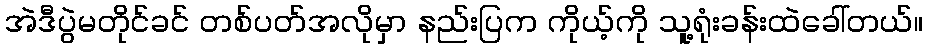
အဲဒီပွဲမတိုင်ခင် တစ်ပတ်အလိုမှာ နည်းပြက ကိုယ့်ကို သူ့ရုံးခန်းထဲခေါ်တယ်။